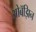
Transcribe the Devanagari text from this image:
ओबॅझिन